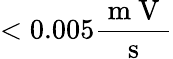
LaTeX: <0.005\frac{\mathrm{~m~V~}}{\mathrm{~s~}}